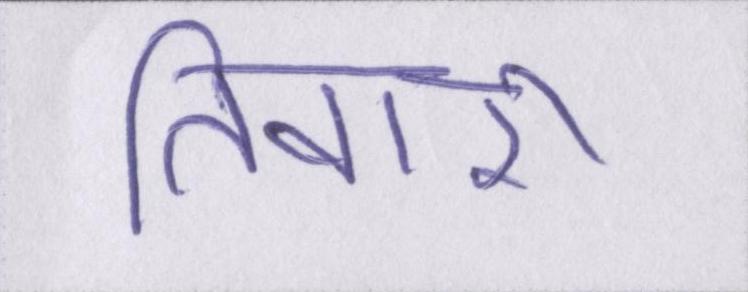
तिवारी